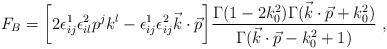
LaTeX: \begin{align*}F_B=\bigg [ 2 \epsilon^1_{ij}\epsilon^2_{il} p^j k^l -\epsilon^1_{ij}\epsilon^2_{ij}\vec k\cdot \vec p\bigg ]{\Gamma (1-2k_0^2) \Gamma (\vec k\cdot \vec p +k_0^2)\over\Gamma (\vec k\cdot \vec p-k_0^2+1)} \ ,\end{align*}